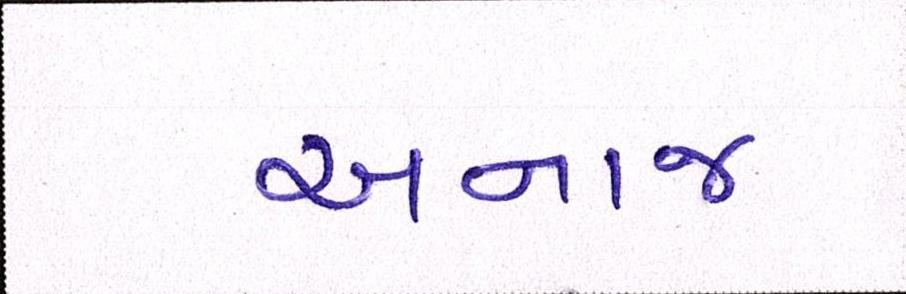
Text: અનાજ